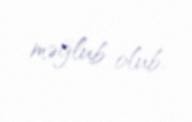
məğlub olub.